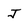
Character: J